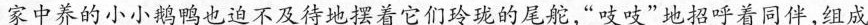
家中养的小小鹅鸭也迫不及待地摆着它们玲珑的尾舵，“吱吱”地招呼着同伴，组成